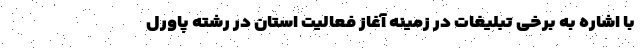
با اشاره به برخی تبلیغات در زمینه آغاز فعالیت استان در رشته پاورل